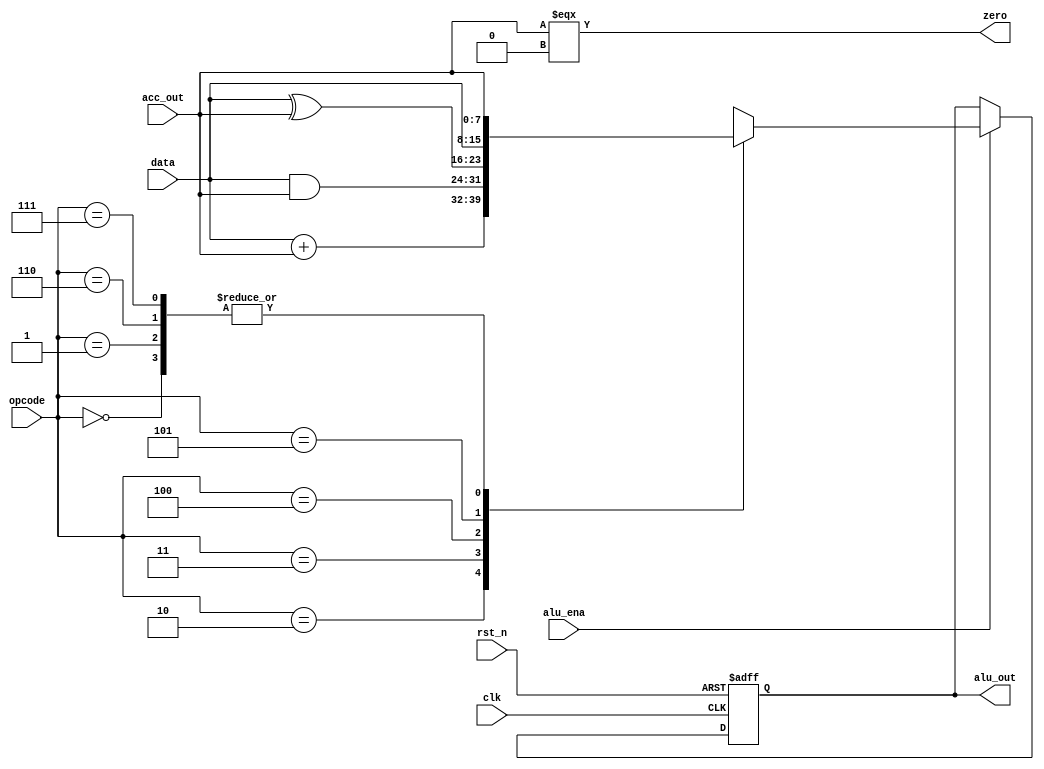
module alu(
    input               clk,
    input               rst_n,
    input               alu_ena,
    input       [2:0]   opcode,
    input       [7:0]   data,
    input       [7:0]   acc_out,
    output reg  [7:0]   alu_out,
    output wire         zero
);

    assign zero = (acc_out === 8'h00);

    localparam HLT  = 3'b000;   // Halt for an entire CPU cycle(8 clk).
    localparam SKZ  = 3'b001;   // If == 0 then skip one instruction.
    localparam ADD  = 3'b010;   // ADD. Adds acc to the data of the memory or port. Result back to acc.
    localparam ANDD = 3'b011;   // AND. Result back to acc.
    localparam XORR = 3'b100;   // XOR. Result back to acc.
    localparam LDA  = 3'b101;   // Read. Puts the data given in the address into the acc given in the instruction.
    localparam STO  = 3'b110;   // Write. Puts the data of acc into the address given in the instruction.
    localparam JMP  = 3'b111;   // Jump to the destination address.

    always @(posedge clk or negedge rst_n) begin
        if (!rst_n)
            alu_out <= 8'h00;
        else if (alu_ena) begin
            casex (opcode)
                HLT:    alu_out <= acc_out;
                SKZ:    alu_out <= acc_out;
                ADD:    alu_out <= data + acc_out;
                ANDD:   alu_out <= data & acc_out;
                XORR:   alu_out <= data ^ acc_out;
                LDA:    alu_out <= data;
                STO:    alu_out <= acc_out;
                JMP:    alu_out <= acc_out;
                default:alu_out <= 8'h00;
            endcase
        end
        else
            alu_out <= alu_out;
    end

endmodule